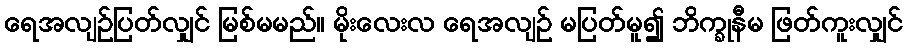
ရေအလျဉ်ပြတ်လျှင် မြစ်မမည်။ မိုးလေးလ ရေအလျဉ် မပြတ်မူ၍ ဘိက္ခုနီမ ဖြတ်ကူးလျှင်